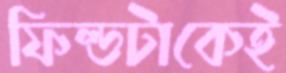
ফিল্ডটাকেই